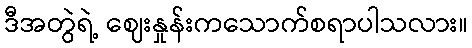
ဒီအတွဲရဲ့ ဈေးနှုန်းကသောက်စရာပါသလား။